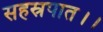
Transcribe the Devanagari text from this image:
सहस्रपात।।